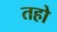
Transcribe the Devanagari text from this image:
तहो